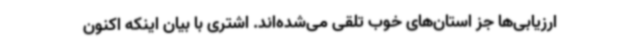
ارزیابی‌ها جز استان‌های خوب تلقی می‌شده‌اند. اشتری با بیان اینکه اکنون